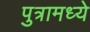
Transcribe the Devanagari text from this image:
पुत्रामध्ये